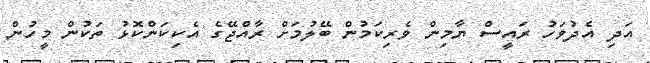
އަދި އެދުވަހު ރައީސް ޔާމިން ވެރިކަމުން ބޭލުމަށް ރާއްޖޭގެ އެކިކަންކޮޅު ތަކުން މީހުން